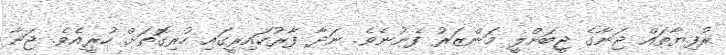
ރުފިޔާތައް ޖަނާގެ ޖީބަށްލީ މަންޒަރު ފެނުނެވެ. ނަދާ ފާރުކައިރީގައި ހުރިގޮތަށް ހުރީއެވެ. ޖަނާ